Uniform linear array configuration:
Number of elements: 8
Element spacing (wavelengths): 0.75
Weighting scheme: exponential
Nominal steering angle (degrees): -30
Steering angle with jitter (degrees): -28.034
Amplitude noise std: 0.05
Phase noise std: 0.05

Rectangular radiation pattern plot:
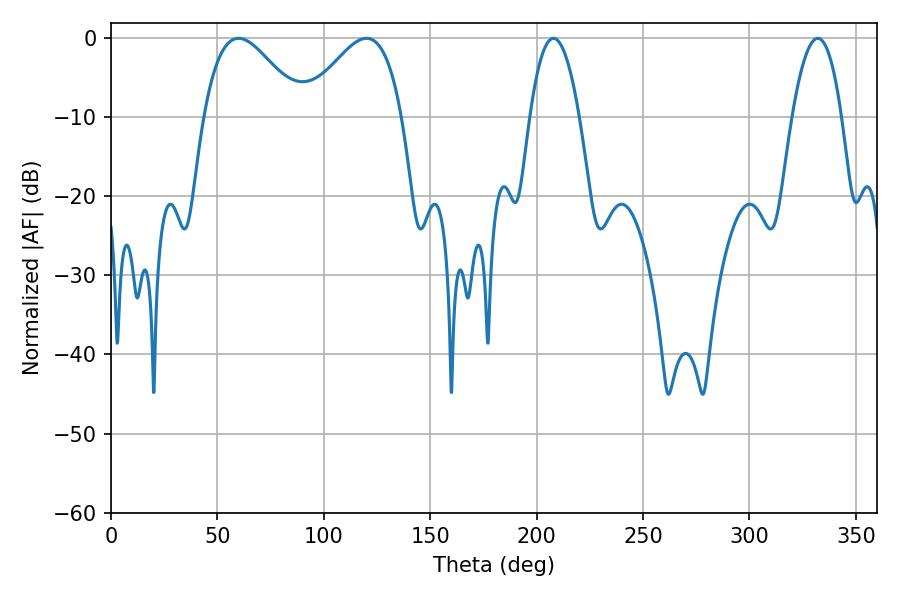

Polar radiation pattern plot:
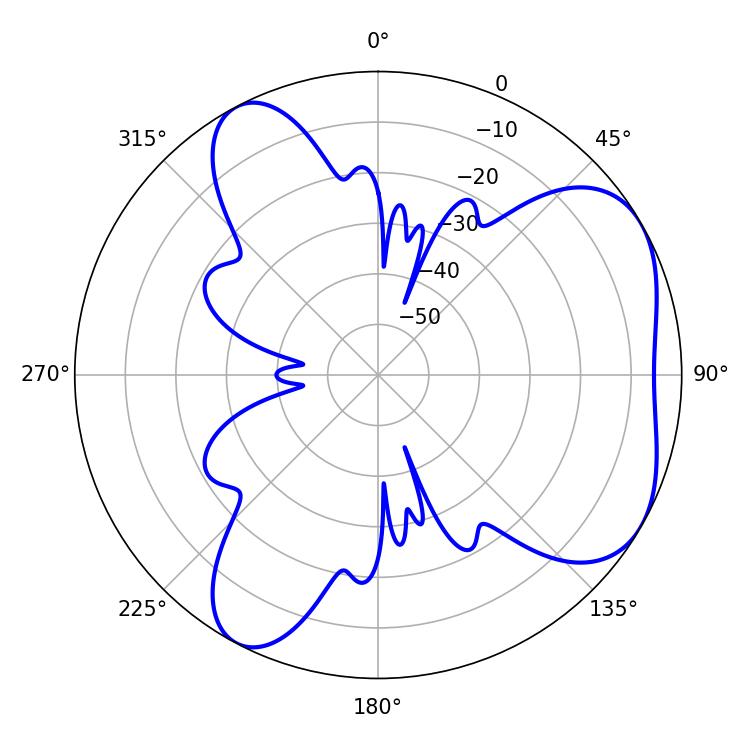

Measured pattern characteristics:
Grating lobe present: TRUE
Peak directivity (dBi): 5.127
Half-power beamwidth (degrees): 24.84
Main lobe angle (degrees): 59.94